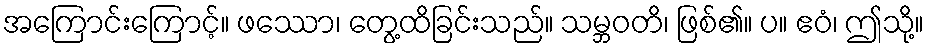
အကြောင်းကြောင့်။ ဖဿော၊ တွေ့ထိခြင်းသည်။ သမ္ဘဝတိ၊ ဖြစ်၏။ ပ။ ဧဝံ၊ ဤသို့။